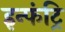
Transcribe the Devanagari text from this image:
इन्फंट्रि